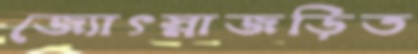
জ্যোৎস্নাজড়িত